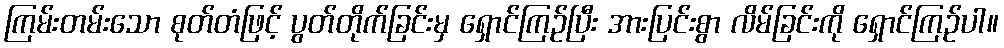
ကြမ်းတမ်းသော စုတ်တံဖြင့် ပွတ်တိုက်ခြင်းမှ ရှောင်ကြဉ်ပြီး အားပြင်းစွာ လိမ်ခြင်းကို ရှောင်ကြဉ်ပါ။